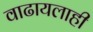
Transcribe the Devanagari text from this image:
वाढायलाही